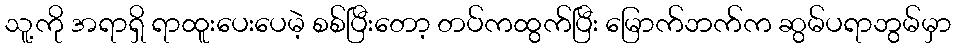
သူ့ကို အရာရှိ ရာထူးပေးပေမဲ့ စစ်ပြီးတော့ တပ်ကထွက်ပြီး မြောက်ဘက်က ဆွမ်ပရာဘွမ်မှာ